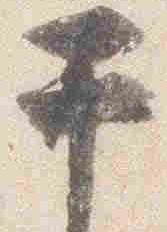
于